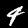
Digit: 4